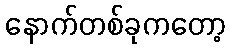
နောက်တစ်ခုကတော့